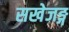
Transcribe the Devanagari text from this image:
सखेजङ्ग